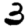
Digit: 3